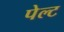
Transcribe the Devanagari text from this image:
पेल्ट